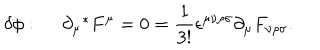
LaTeX: \delta \phi : ~ ~ \partial _ { \mu } ^ { ~ ~ * } F ^ { \mu } = 0 = \frac { 1 } { 3 ! } \epsilon ^ { \mu \nu \rho \sigma } \partial _ { \mu } F _ { \nu \rho \sigma } .